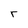
Character: r